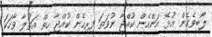
ލޯބިވެގެން އުޅޭ އަންހެން ކުއްޖާ ނުވަތަ ފިރިހެން ކުއްޖާ ހިތް އަތުލާ ވާހަކަ